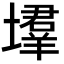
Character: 𡑳